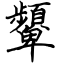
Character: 顰